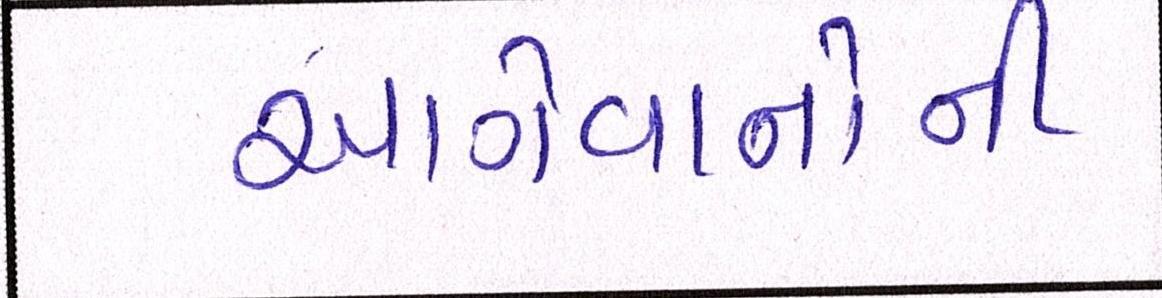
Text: આગેવાનોની